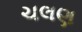
ચલણ